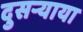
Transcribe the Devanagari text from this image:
दुसर्‍याया